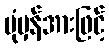
ပုံမှန်အားဖြင့်